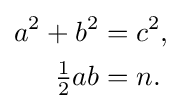
{\begin{aligned}a^{2}+b^{2}&=c^{2},\\{\tfrac {1}{2}}ab&=n.\end{aligned}}